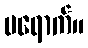
မရောက်။